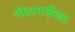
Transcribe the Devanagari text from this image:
नीलगाईंच्या